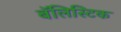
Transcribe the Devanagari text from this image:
बॅलिस्टिक